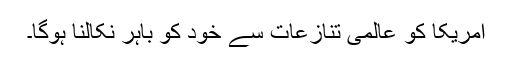
امریکا کو عالمی تنازعات سے خود کو باہر نکالنا ہوگا۔